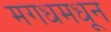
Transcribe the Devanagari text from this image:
मगधमधून